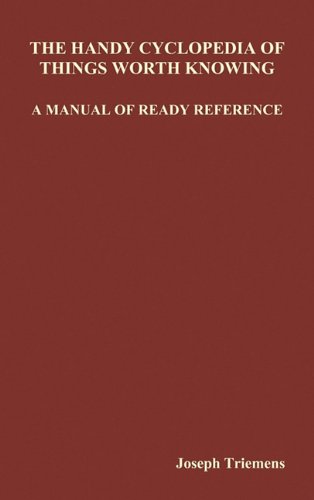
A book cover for The Handy Cyclopedia of Things Worth Knowing a Manual of Ready Reference; Joseph Triemens; Reference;